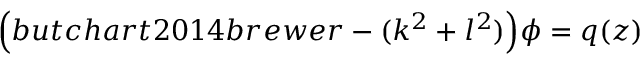
\Big ( b u t c h a r t 2 0 1 4 b r e w e r - ( k ^ { 2 } + l ^ { 2 } ) \Big ) \phi = q ( z )